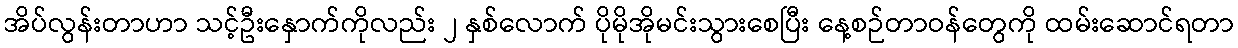
အိပ်လွန်းတာဟာ သင့်ဦးနှောက်ကိုလည်း ၂ နှစ်လောက် ပိုမိုအိုမင်းသွားစေပြီး နေ့စဉ်တာဝန်တွေကို ထမ်းဆောင်ရတာ